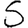
Digit: 5